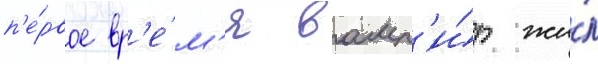
п'е́рвое вр'е́м'я вамп'и́р жи́л